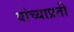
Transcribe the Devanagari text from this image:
यांच्याप्रती